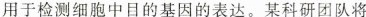
用于检测细胞中目的基因的表达。某科研团队将